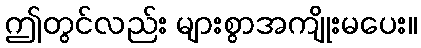
ဤတွင်လည်း များစွာအကျိုးမပေး။